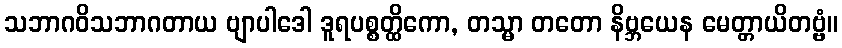
သဘာဂဝိသဘာဂတာယ ဗျာပါဒေါ ဒူရပစ္စတ္ထိကော, တသ္မာ တတော နိဗ္ဘယေန မေတ္တာယိတဗ္ဗံ။